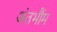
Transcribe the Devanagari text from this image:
अंतभौंम